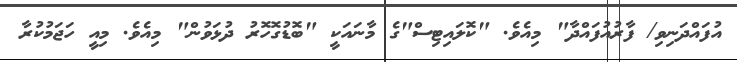
އުފައްދަނިވި/ ފާރުއުފައްދާ" މިއެވެ. "ކޮލައިޓިސް"ގެ މާނައަކީ "ބޮޑުގޮހޮރު ދުޅަވުން" މިއެވެ. މިއީ ހަޖަމުކުރާ